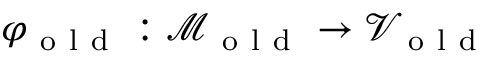
\varphi _ { \mathrm { ~ o ~ l ~ d ~ } } : \mathcal { M } _ { \mathrm { ~ o ~ l ~ d ~ } } \to \mathcal { V } _ { \mathrm { ~ o ~ l ~ d ~ } }